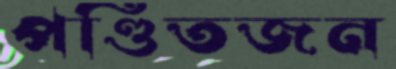
পণ্ডিতজন